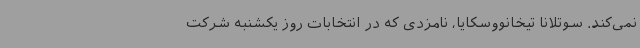
نمی‌کند. سوتلانا تیخانووسکایا، نامزدی که در انتخابات روز یکشنبه شرکت